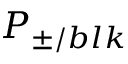
P _ { \pm / b l k }